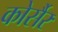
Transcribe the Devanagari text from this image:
कोर्सैर